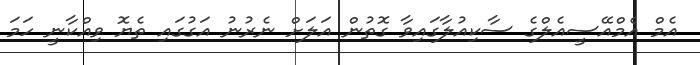
އެމް އެމްއޭސީއެލްގެ ސާކިއުލާގައިވާ ގޮތުން އަލަށް ނެރުނު އަގުގައި ތެޔޮ ވިއްކާނީ ހަމަ